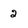
Character: 2